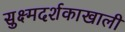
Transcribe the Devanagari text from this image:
सुक्ष्मदर्शकाखाली